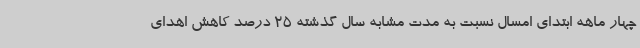
چهار ماهه ابتدای امسال نسبت به مدت مشابه سال گذشته 25 درصد کاهش اهدای